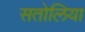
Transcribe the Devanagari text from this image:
सतोलिया